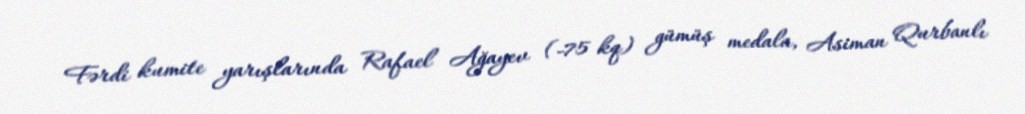
Fərdi kumite yarışlarında Rafael Ağayev (-75 kq) gümüş medala, Asiman Qurbanlı